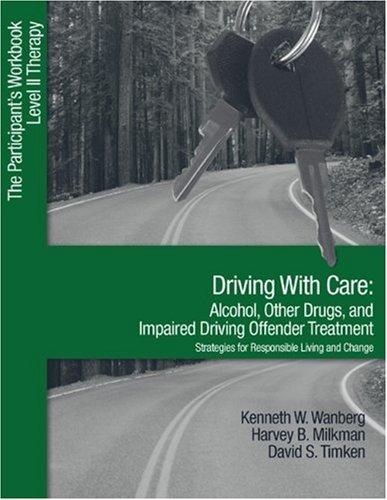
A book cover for Driving with Care: Alcohol, Other Drugs, and Impaired Driving Offender Treatment-Strategies for Responsible Living: The Participant's Workbook, Level II Therapy; Kenneth W. (Wayne) Wanberg; Test Preparation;